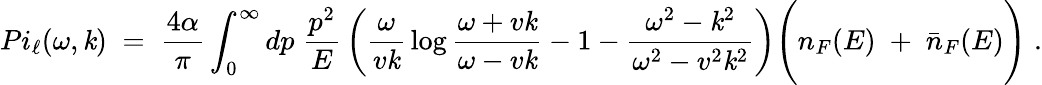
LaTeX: {Pi_{\ell}(\omega,\mathit{k})\; =\; {\frac{{4\alpha}}{{\pi}}}\int_{0}^{\infty}dp\; {\frac{{p^{2}}}{{E}}}\left({\frac{{\omega}}{{v\mathit{k}}}}\log{\frac{{\omega+v\mathit{k}}}{{\omega-v\mathit{k}}}}-1-{\frac{{\omega^{2}-\mathit{k}^{2}}}{{\omega^{2}-v^{2}\mathit{k}^{2}}}}\right)\Bigg(n_{F}(E)\; +\; {\bar{{n}}}_{F}(E)\Bigg)\; .}